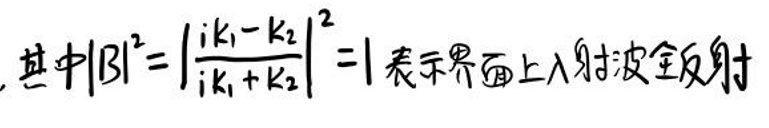
其中\(|B|^{2}=\left|\frac{i k_{1}-k_{2}}{i k_{1}+k_{2}}\right|^{2}=1\)表示界面上入射波全反射